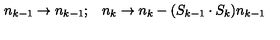
\begin{array} { c c } { n _ { k - 1 } \rightarrow n _ { k - 1 } ; } & { n _ { k } \rightarrow n _ { k } - ( S _ { k - 1 } \cdot S _ { k } ) n _ { k - 1 } } \\ \end{array}